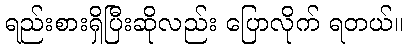
ရည်းစားရှိပြီးဆိုလည်း ပြောလိုက် ရတယ်။